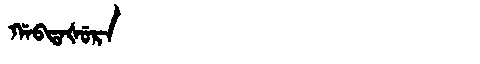
Manchu: ᡤᠠᠪᡨᠠᡧᡠᡵᠠ
Romanization: GABTAŠURA